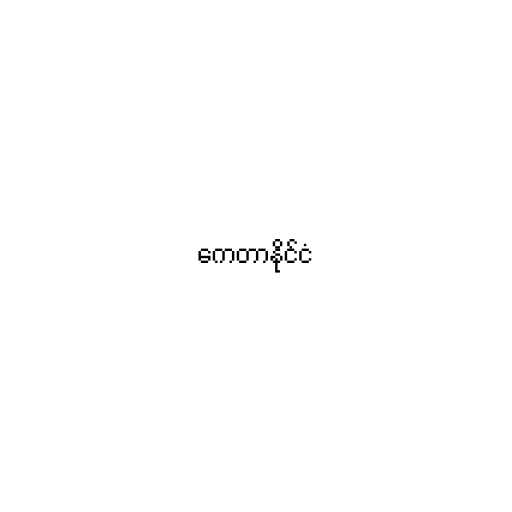
ကေတာနိုင်ငံ